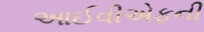
આઈવીએફની